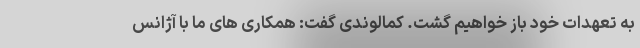
به تعهدات خود باز خواهیم گشت. کمالوندی گفت: همکاری های ما با آژانس